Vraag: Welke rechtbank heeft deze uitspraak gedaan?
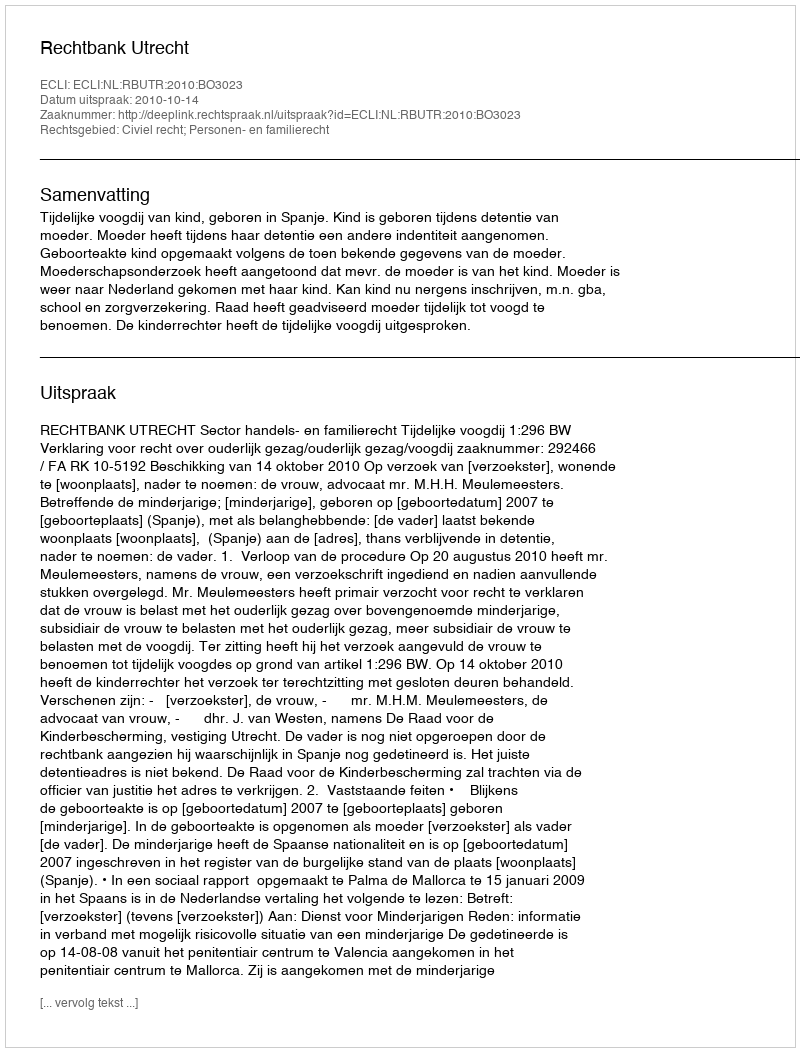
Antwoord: Rechtbank Utrecht